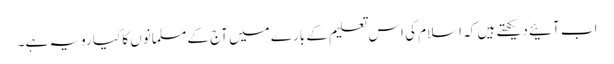
اب آئیے دیکھتے ہیں کہ اسلام کی اس تعلیم کے بارے میں آج کے مسلمانوں کا کیا رویہ ہے۔